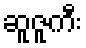
ဆူဇူကီး